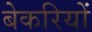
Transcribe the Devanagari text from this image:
बेकरियों